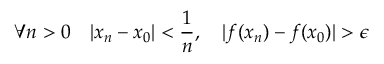
\forall n > 0 \quad | x _ { n } - x _ { 0 } | < { \frac { 1 } { n } } , \quad | f ( x _ { n } ) - f ( x _ { 0 } ) | > \epsilon